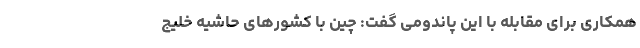
همکاری برای مقابله با این پاندومی گفت: چین با کشورهای حاشیه خلیج